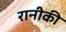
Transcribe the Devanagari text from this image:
रानीकी